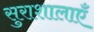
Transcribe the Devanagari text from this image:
सुराशालाएँ